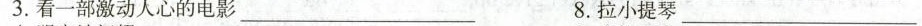
3.看一部激动人心的电影___ 8.拉小提琴___